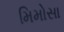
મિમોસા